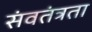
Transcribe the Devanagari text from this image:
संवतंत्रता